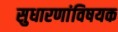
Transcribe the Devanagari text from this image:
सुधारणांविषयक